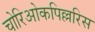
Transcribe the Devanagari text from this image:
चोरिओकपिल्लरिस